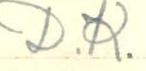
D.R.